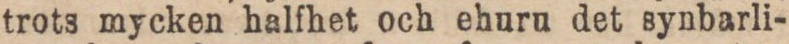
trots mycken halfhet och ehuru det synbarli-